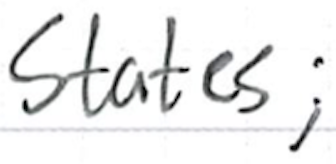
Text: States;
Cross-out: clean
Writing tool: ballpoint